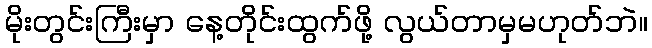
မိုးတွင်းကြီးမှာ နေ့တိုင်းထွက်ဖို့ လွယ်တာမှမဟုတ်ဘဲ။